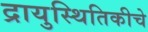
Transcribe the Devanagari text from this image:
द्रायुस्थितिकीचे